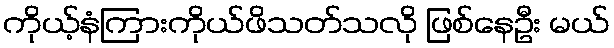
ကိုယ့်နံကြားကိုယ်ဖိသတ်သလို ဖြစ်နေဦး မယ်